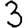
Digit: 3